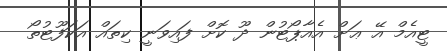
ޓީއެމް އޭ ޢަށް އެއާޕޯޓުން ދޫ ކޮށް ފައިވަނީ ކިތައް އަކަފޫޓުތޯ